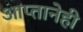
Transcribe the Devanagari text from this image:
आप्तानेही